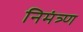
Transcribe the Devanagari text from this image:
निमंत्र्ण